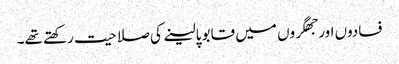
فسادوں اور جھگروں میں قابو پالینے کی صلاحیت رکھتے تھے۔